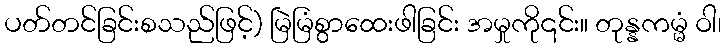
ပတ်တင်ခြင်းစသည်ဖြင့်) မြဲမြံစွာထေးဖါခြင်း အမှုကို၎င်း။ တုန္နကမ္မံ ဝါ၊